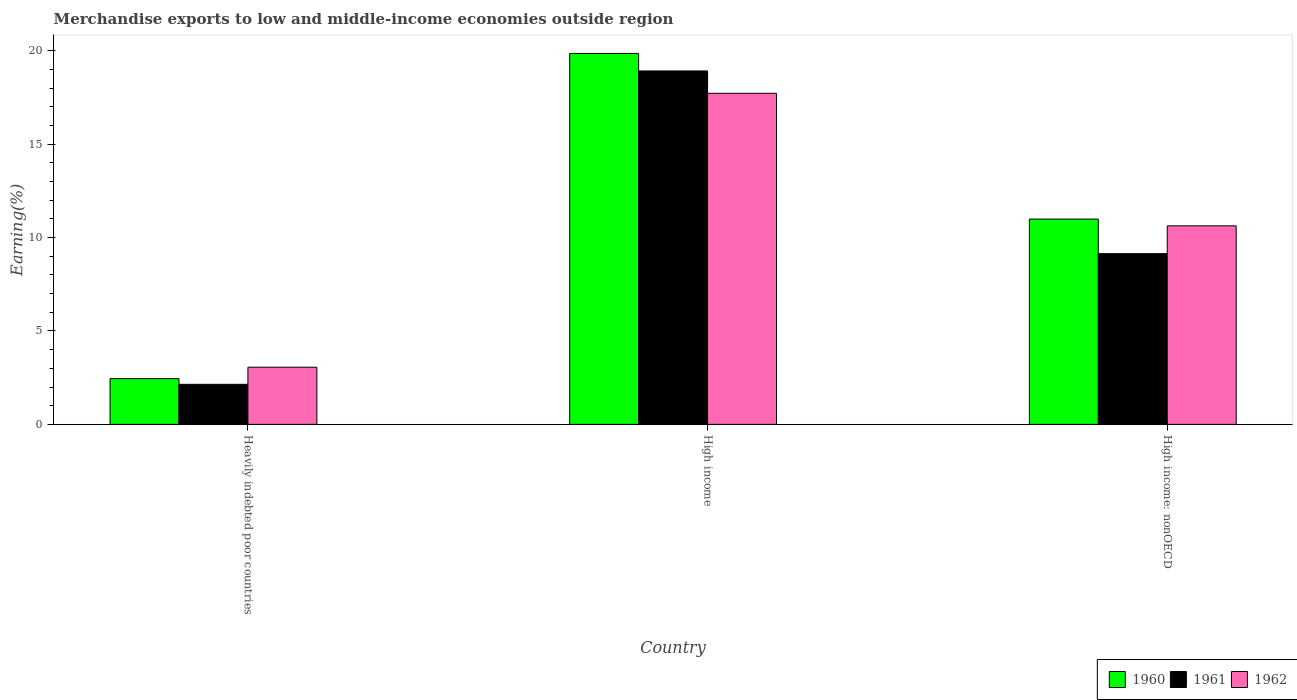
| Country | 1960 | 1961 | 1962 |
 | --- | --- | --- | --- |
 | Heavily indebted poor countries | 2.45 | 2.14 | 3.06 |
 | High income | 19.9 | 18.9 | 17.7 |
 | High income: nonOECD | 11 | 9.14 | 10.6 |